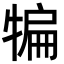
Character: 犏